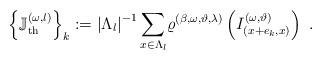
LaTeX: \begin{align*}\left\{ \mathbb{J}_{\mathrm{th}}^{(\omega ,l)}\right\} _{k}:=\left\vert\Lambda _{l}\right\vert ^{-1}\underset{x\in \Lambda _{l}}{\sum }\varrho^{(\beta ,\omega ,\vartheta ,\lambda )}\left( I_{\left( x+e_{k},x\right)}^{(\omega ,\vartheta )}\right) \ . \end{align*}